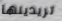
تريدينها